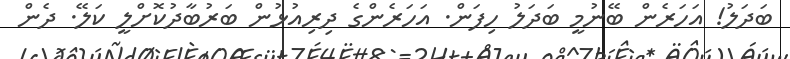
ބަދަލު! އަހަރެން ބޭނުމީ ބަދަލު ހިފަން. އަހަރެންގެ ދިރިއުޅުން ބަރުބާދުކޮށްލީ ކަލޭ. ދެން